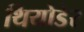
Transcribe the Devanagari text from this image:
थियोडेर